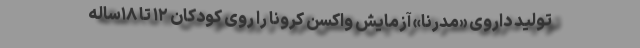
تولید داروی «مدرنا» آزمایش واکسن کرونا را روی کودکان ۱۲ تا ۱۸ساله